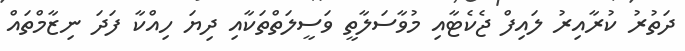
ދަތުރު ކުރާއިރު ލައިފް ޖެކެޓާއި މުވާސަލާތީ ވަސީލަތްތަކާއި ދިޔަ ހިއްކާ ފަދަ ނިޒާމްތައް